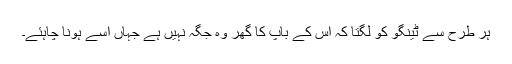
ہر طرح سے ٹینگو کو لگتا کہ اس کے باپ کا گھر وہ جگہ نہیں ہے جہاں اسے ہونا چاہئے۔